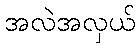
အလဲအလှယ်